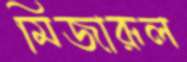
মিজারূল